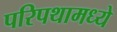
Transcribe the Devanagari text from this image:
परिपथामध्ये